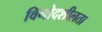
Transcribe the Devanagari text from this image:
विनोदशीलता